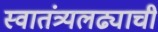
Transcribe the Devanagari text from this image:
स्वातंत्र्यलढ्याची